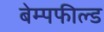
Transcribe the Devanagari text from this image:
बेम्पफील्ड